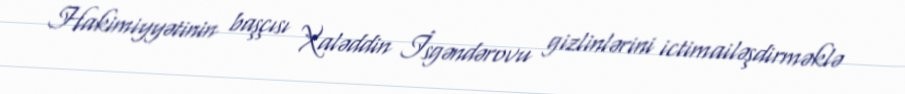
Hakimiyyətinin başçısı Xaləddin İsgəndərovu gizlinlərini ictimailəşdirməklə